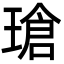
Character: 瑲